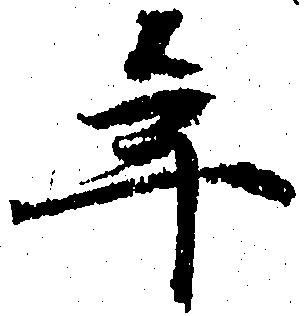
年